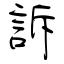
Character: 訴